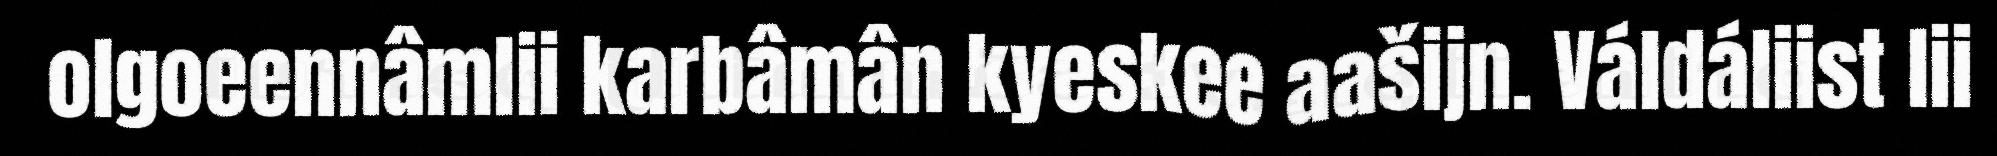
olgoeennâmlii karbâmân kyeskee aašijn. Váldáliist lii